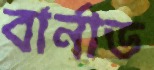
বার্নাড